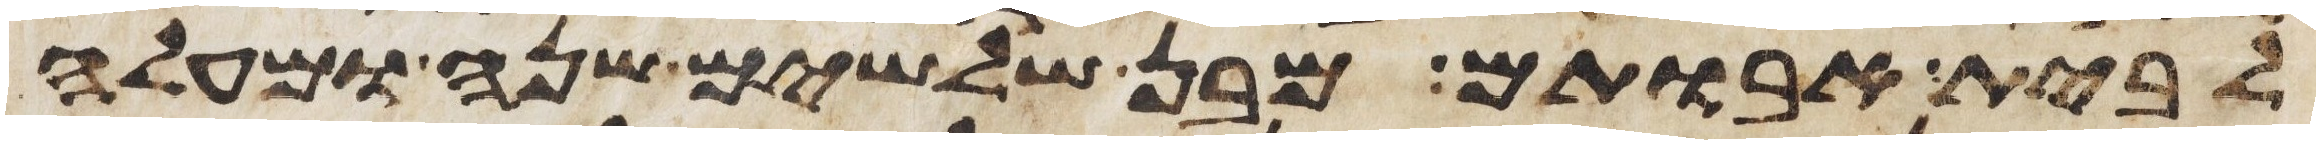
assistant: לבית אבותם מבן שלשים שנה ומעלה